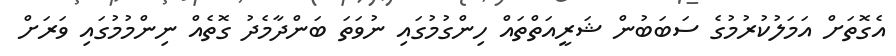
އެގޮތަށް އަމަލުކުރުމުގެ ސަބަބުން ޝަރީއަތްތައް ހިންގުމުގައި ނުވަތަ ބަންދާމެދު ގޮތެއް ނިންމުމުގައި ވަރަށް